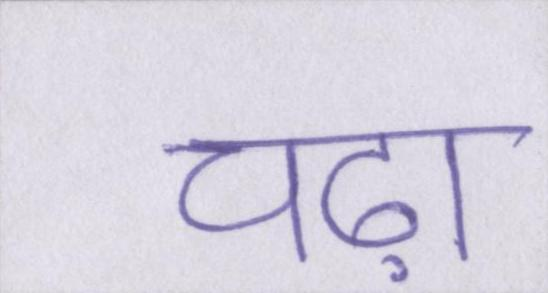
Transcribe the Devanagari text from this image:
चढ़ा